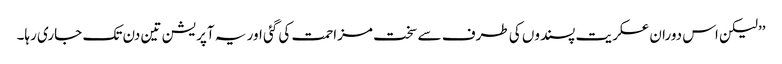
’’لیکن اس دوران عسکریت پسندوں کی طرف سے سخت مزاحمت کی گئی اور یہ آپریشن تین دن تک جاری رہا۔